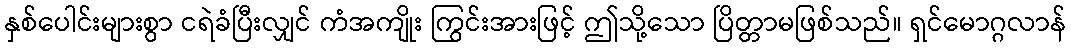
နှစ်ပေါင်းများစွာ ငရဲခံပြီးလျှင် ကံအကျိုး ကြွင်းအားဖြင့် ဤသို့သော ပြိတ္တာမဖြစ်သည်။ ရှင်မောဂ္ဂလာန်